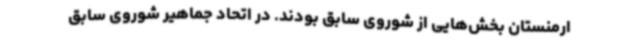
ارمنستان بخش‌هایی از شوروی سابق بودند. در اتحاد جماهیر شوروی سابق